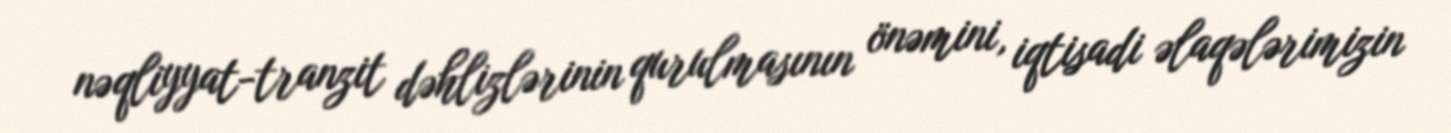
nəqliyyat-tranzit dəhlizlərinin qurulmasının önəmini, iqtisadi əlaqələrimizin